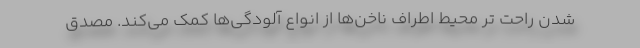
شدن راحت تر محیط اطراف ناخن‌ها از انواع آلودگی‌ها کمک می‌کند. مصدق